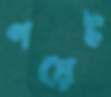
পয়েট